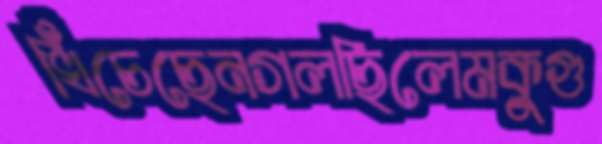
খিঁচেছেনগলছিলেমকুগু